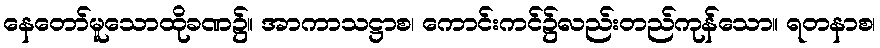
နေတော်မူသောထိုခဏ၌။ အာကာသဋ္ဌာစ၊ ကောင်းကင်၌လည်းတည်ကုန်သော။ ရတနာစ၊